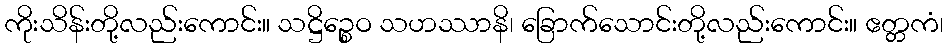
ကိုးသိန်းတို့လည်းကောင်း။ သဋ္ဌိဉ္စေဝ သဟဿာနိ၊ ခြောက်သောင်းတို့လည်းကောင်း။ ဧတ္တကံ၊